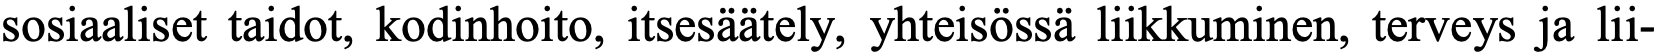
sosiaaliset taidot, kodinhoito, itsesäätely, yhteisössä liikkuminen, terveys ja lii-